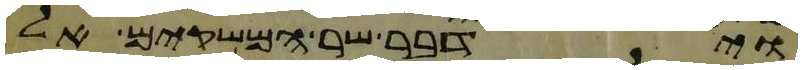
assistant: וידבר שר המשקים אל